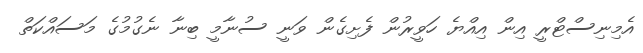
އެމިނިސްޓްރީ އިން އިއްޔެ ހަވީރުން ފެށިގެން ވަނީ ސުނާމީ ބިނާ ނެގުމުގެ މަސައްކަތް